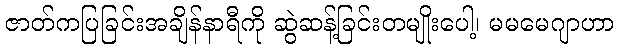
ဇာတ်ကပြခြင်းအချိန်နာရီကို ဆွဲဆန့်ခြင်းတမျိုးပေါ့၊ မမမေဂျာဟာ